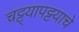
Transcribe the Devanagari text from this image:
चट्ट्यापट्टयाचे